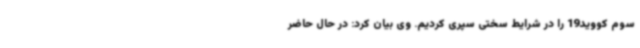
سوم کووید19 را در شرایط سختی سپری کردیم. وی بیان کرد: در حال حاضر